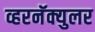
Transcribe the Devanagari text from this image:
व्हरनॅक्युलर